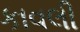
કાવલી